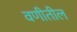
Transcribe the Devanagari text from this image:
वणीतील